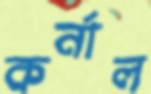
কর্নাল